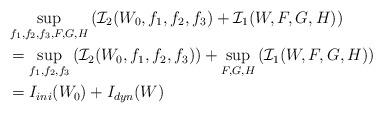
LaTeX: \begin{align*}&\sup_{f_1,f_2,f_3,F,G,H}\left(\mathcal{I}_2(W_0, f_1, f_2, f_3)+\mathcal{I}_1(W,F,G,H)\right)\\&=\sup_{f_1, f_2, f_3}\left(\mathcal{I}_2(W_0, f_1, f_2, f_3)\right)+\sup_{F, G, H}\left(\mathcal{I}_1(W,F,G,H)\right)\\&=I_{ini}(W_0)+I_{dyn}(W)\end{align*}